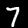
Digit: 7